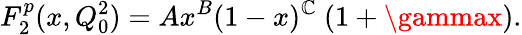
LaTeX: F_{2}^{p}(x,Q_{0}^{2})=Ax^{B}(1-x)^{\mathbb{C}}~(1+\gammax).